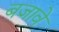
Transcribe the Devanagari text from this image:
बजावे